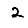
Digit: 2